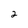
Character: 2